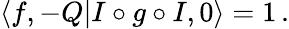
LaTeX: \langle f,-Q|I\circ g\circ I,0\rangle=1\, .